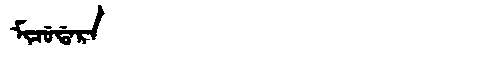
Manchu: ᠮᡳᠴᡠᡩᠠᡵᠠ
Romanization: MICUDARA